Vaccine operations Central Provinces 1886-1899 - 1886-1899
Year: 1886
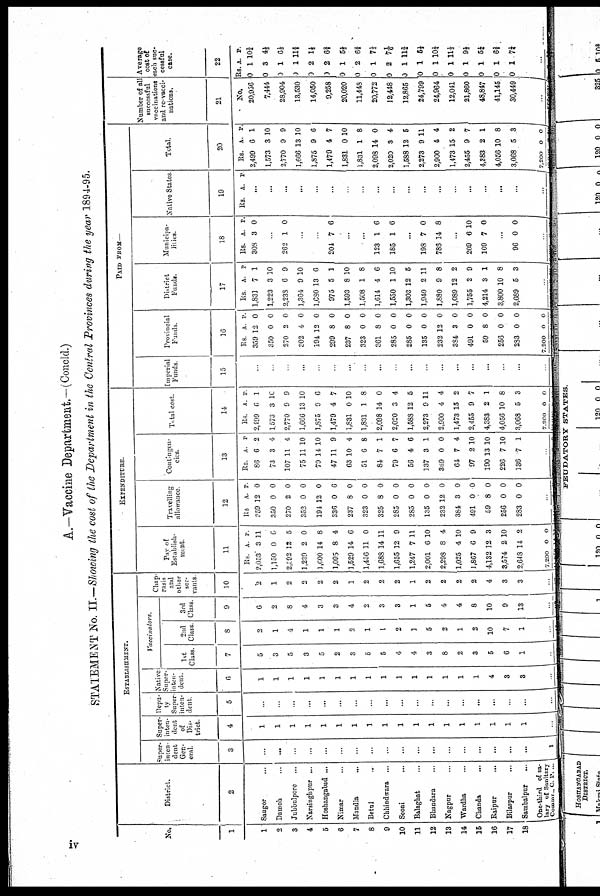
A.—Vaccine Department.—(Concld.)
STATEMENT No. II.—Showing the cost of the Department in the Central Provinces during the year 1894-95.
No.
1
1
2
3
4
5
6
7
8
9
10
11
12
13
14
15
16
17
18
District.
2
Saugor ...
Damoh ...
Jubbulpore ...
Narsinghpur ...
Hoshangabad ...
Nimar ....
Mandla
...
Betul ...
Chhindwara ...
Seoni
...
Balaghat ...
Bhandara ...
Nagpur ...
Wardha ...
Chanda
...
Raipur
...
Bilaspur ...
Sambalpur
...
One-third of sa-
lary of Sanitary
Commr.. C. P. ...
ESTABLISHMENT.
Super-
inten-
dent
Gen-
eral.
3
...
...
...
...
...
...
...
...
...
...
...
...
...
...
...
...
...
...
1
Super
inten-
dent
of
Dis-
trict.
4
1
1
1
1
1
1
1
1
1
1
1
1
1
1
1
1
1
1
...
Depu-
ty
Super¬
mten¬
dent
5
...
...
...
...
...
...
...
...
...
...
...
...
...
...
...
...
...
...
...
Native
Super-
inten-
dent.
6
1
1
1
1
1
1
1
1
1
1
1
1
1
1
1
4
8
8
...
Vaccinators.
1st
Class.
7
5
3
5
3
5
2
3
5
5
4
4
3
8
2
3
5
6
1
...
2nd
Class
8
2
1
4
1
1
1
2
1
1
2
3
5
2
1
2
10
7
1
...
3rd
Class.
9
6
2
8
4
3
3
4
2
3
3
1
5
4
4
8
10
9
13
...
Chap¬
rasis
and
other
ser-
vants
10
2
1
2
2
2
2
1
2
2
2
1
2
2
2
2
4
3
3
...
EXPENDITURE
Pay of
Establish-
ment.
11
Rs.
2,053
1,150
2,392
1,239
1,600
1,095
1,529
1,456
1,688
1,655
1,247
2,001
2,298
1,025
1,867
4,132
3,574
2,643
7,200
A.
3
0
12
2
14
8
14
11
14
12
7
6
8
4
6
12
2
14
0
P.
11
6
5
0
8
4
6
0
11
9
11
10
4
10
9
3
10
2
0
Travelling
allowance
12
Rs.
359
350
270
353
191
336
237
323
325
285
285
135
232
384
491
59
256
283
A.
12
0
2
0
12
0
8
0
8
0
0
0
12
3
0
8
0
0
P.
0
0
0
0
0
6
0
0
0
0
0
0
0
0
0
0
0
0
...
Contingen-
cies.
13
Rs.
86
73
107
75
79
47
63
51
84
79
56
137
369
61
97
190
226
136
A.
6
3
11
11
14
11
10
6
7
6
4
3
0
7
2
13
7
7
P.
2
4
4
10
10
9
4
8
1
7
6
1
0
4
10
10
10
1
...
Total cost.
14
Rs.
2,499
1573
2,770
1,666
1,875
1,479
1,831
1,831
2,098
2,020
1,588
2,273
2,900
1,473
2,455
4,383
4,056
3,068
7,200
A.
6
3
9
13
9
4
0
1
14
3
12
9
4
13
9
2
10
5
0
P.
1
10
9
10
6
7
10
8
0
4
5
11
4
2
7
1
8
3
0
PAID FROM—
Imperial
Funds.
15
...
...
...
...
...
...
...
...
...
...
...
...
...
...
...
...
...
...
...
Provincial
Funds.
16
Rs.
359
350
270
302
194
299
237
323
361
285
285
135
232
384
491
59
256
283
7,200
A.
12
0
2
4
12
8
8
0
8
0
0
0
12
3
0
8
0
0
0
P.
0
0
0
0
0
0
0
0
0
0
0
0
0
0
0
0
0
0
0
District
Funds.
17
Rs.
1,831
1,223
2,238
1,364
1,680
975
1,593
1,508
1,614
1,550
1,303
1,940
1,880
1,089
1,755
4,214
3,800
2,689
A.
7
3
6
9
13
5
8
1
4
1
12
2
9
12
2
3
10
5
P.
1
10
9
10
6
1
10
8
6
10
5
11
8
2
9
1
8
3
...
Municipa-
---ies.
18
Rs.
308
A.
3
P.
0
...
262 1 0
...
...
201 7 6
...
...
123
185
1
1
6
6
...
198
786
7
14
0
8
...
209
109
6
7
10
0
...
96 0 0
...
Native States
19
Rs. A. P.
. ..
...
...
...
...
...
...
...
...
. ..
...
...
...
...
...
...
...
...
Total.
20
Rs.
2,499
1,573
2,770
1,666
1,875
l,479
1,831
1,831
2,098
2,020
1,588
2,273
2,900
1,473
2,455
4,383
4,056
3,068
7,200
A.
6
3
9
13
9
4
0
1
14
3
12
9
4
15
9
2
10
5
0
. P.
1
10
9
10
6
7
10
8
0
4
5
11
4
2
7
1
8
3
0
Number of all
successful
vaccinations
and re-vacci¬
nations.
21
No.
20,956
7,444
28,904
13,530
14,050
9,258
20,020
11,443
20,772
12,448
12,865
24,799
24,964
12,041
21,860
48,845
41,145
30,449
...
Average
cost of
each suc-
cessful
case.
22
Rs.
0
0
0
)0
0
0
0
0
0
0
0
0
0
0
0
0
0
0
A.
1
3
1
1
2
2
1
2
1
2
1
1
1
1
1
1
1
1
P.
10 3/4
4½
6 1/3
11 3/4
1½
6 2/3
5½
6 2/3
7 1/3
7 1/6
11 3/4
5½
10¼
11 1/3
9½
5¼
6 2/3
7¼
...
iv